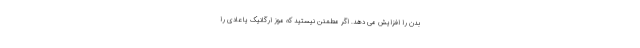
بدن را افزایش می دهد. اگر مطمئن نیستید که موز ارگانیک یا عادی را